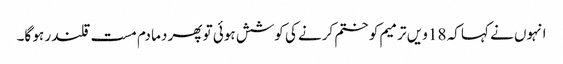
انہوں نے کہا کہ 18 ویں ترمیم کو ختم کرنے کی کوشش ہوئی تو پھر دما دم مست قلندر ہو گا۔